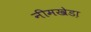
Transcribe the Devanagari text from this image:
नीमखेडा़